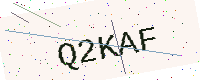
Text: Q2KAF